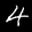
Label: 4